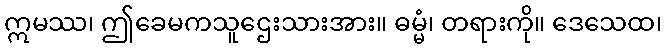
ဣမဿ၊ ဤခေမကသူဌေးသားအား။ ဓမ္မံ၊ တရားကို။ ဒေသေထ၊